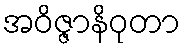
အဝိဇ္ဇာနိဝုတာ